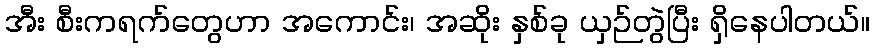
အီး စီးကရက်တွေဟာ အကောင်း၊ အဆိုး နှစ်ခု ယှဉ်တွဲပြီး ရှိနေပါတယ်။